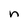
Character: n